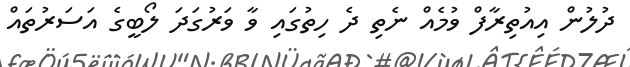
ދުލުން އިއުތިރާފް ވުމެއް ނެތި ދެ ހިތުގައި ވާ ވަރުގަދަ ލޯބީގެ އަސަރުތައް